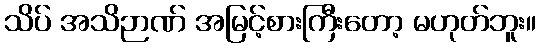
သိပ် အသိဉာဏ် အမြင့်စားကြီးတော့ မဟုတ်ဘူး။